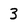
Character: 3